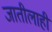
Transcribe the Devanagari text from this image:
जातीलाही